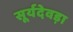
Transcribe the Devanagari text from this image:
सूर्यदेवड़ा